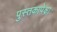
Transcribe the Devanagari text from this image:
पुस्तकापेक्षा